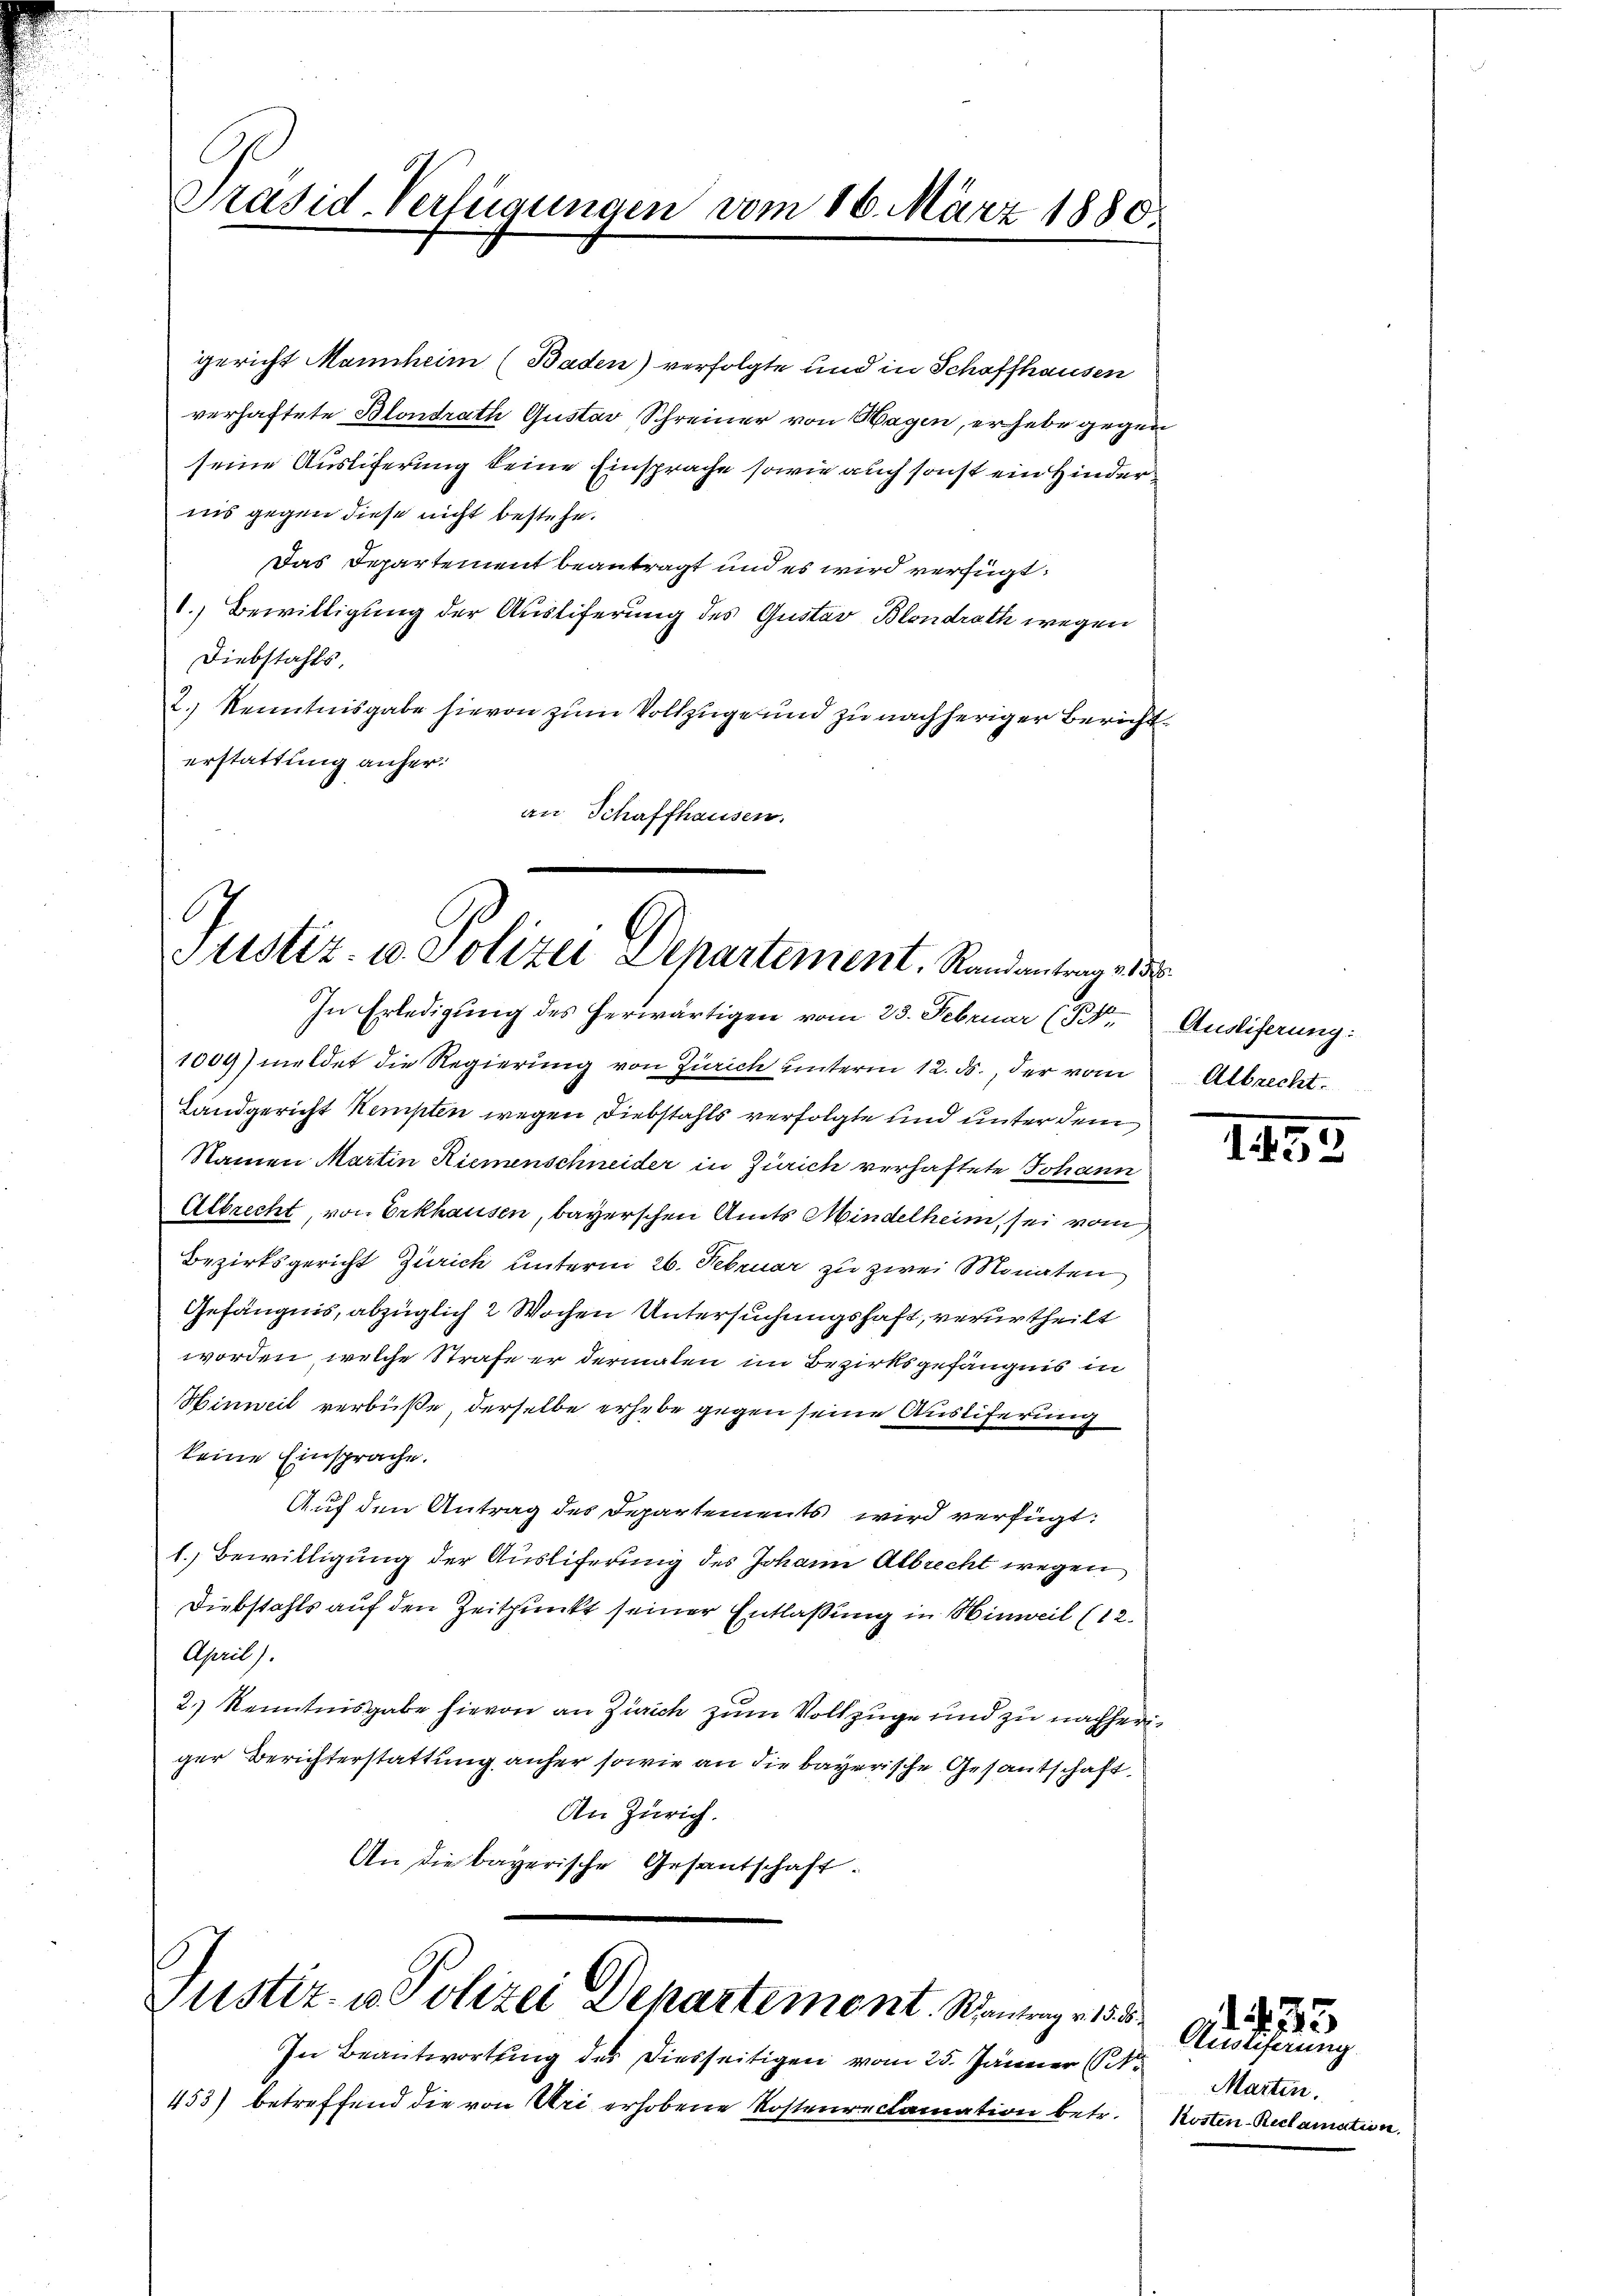
Präsid Verfügungen vom 16. März 1880

gericht Mannheim (Baden) verfolgte und in Schaffhausen
verhaftete Blondrath Gustav Schreiner von Wagen, erhebe gegen
seine Ausliferung keine Einsprache sowie auch sonst ein Hinderiis gegen diese nicht bestehe.
Das Departement beantragt und es wird verfügt:
1.) Bewilligung der Ausliferung des Gustav Blondrath wegen
Diebstahls
2.) Kenntnisgabe hievon zum Vollzüge und zu nachheriger Berichterstattung anher.
an Schaffhausen.

G
Stistiz- u. Polizei Departement. Randantrage de
In Erledigung des herwärtigen vom 23. Februar (14

ustiz- u. Polizei Departement. Santrag v. 15. 3

1004) meldet die Regierung von Zürich unterm 12. ds., der vom
Landgericht Kempten wegen Diebstahls verfolgte und unter dem
Nainen Martin Riemenschneider in Zürich verhaftete Johann
Albrecht, von Erkhausen, bayerschen Amts Mindelheim, sei vom
Bezirksgericht Zürich unterm 26. Februar zu zwei Monaten
Gefängnis, abzüglich 2 Wochen Untersuchungshaft, verurtheilt
worden, welche Strafe er dermalen im Bezirksgefängnis in
Hinweil verbüße, derselbe erhebe gegen seine Ausliferung
keine Einsprache.
Auf den Antrag des Departements wird verfügt:
1. Bewilligung der Ausliferung des Johann Albrecht wegen
Diebstahls auf den Zeitpunkt seiner Entlaßung in Hinweil (12.
April).
2.) Kenntnisgabe hievon an Zürich zum Vollzuge und zu nachheriger Berichterstattung anher sowie an die bayerische Gesantschaft
An Zürich.
An die bayerische Gesantschaft.

In Beantwortung des Diesseitigen vom 25. Jänner (
453) betreffend die von Uri erhobene Kostenreclamation betr.

Ausliferung:
Albrecht.

1453

Auslieferung
Marten.
Kosten-Reclamation.

1. 2. 33